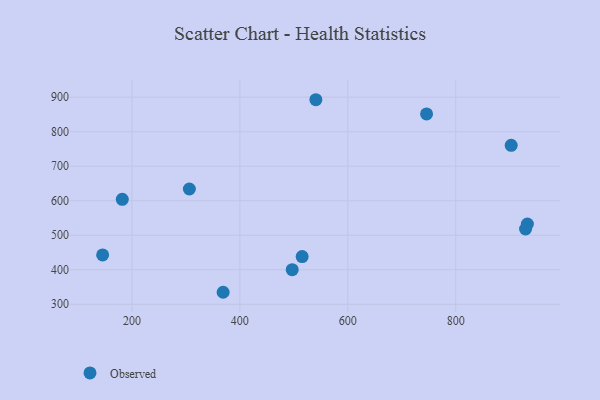
{"axis": {"x": "Investment", "y": "Fuel Efficiency"}, "legend": ["Observed"], "data": [{"x": "306.4", "y": 634.0, "type": "Observed"}, {"x": "182.1", "y": 604.0, "type": "Observed"}, {"x": "145.7", "y": 443.1, "type": "Observed"}, {"x": "515.4", "y": 438.1, "type": "Observed"}, {"x": "902.7", "y": 760.6, "type": "Observed"}, {"x": "745.9", "y": 851.5, "type": "Observed"}, {"x": "497.0", "y": 400.3, "type": "Observed"}, {"x": "932.7", "y": 532.5, "type": "Observed"}, {"x": "540.8", "y": 892.6, "type": "Observed"}, {"x": "369.0", "y": 334.8, "type": "Observed"}, {"x": "929.3", "y": 518.1, "type": "Observed"}]}